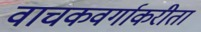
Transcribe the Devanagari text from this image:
वाचकवर्गाकरीता